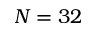
N = 3 2